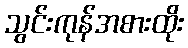
သွင်းကုန်အစားထိုး